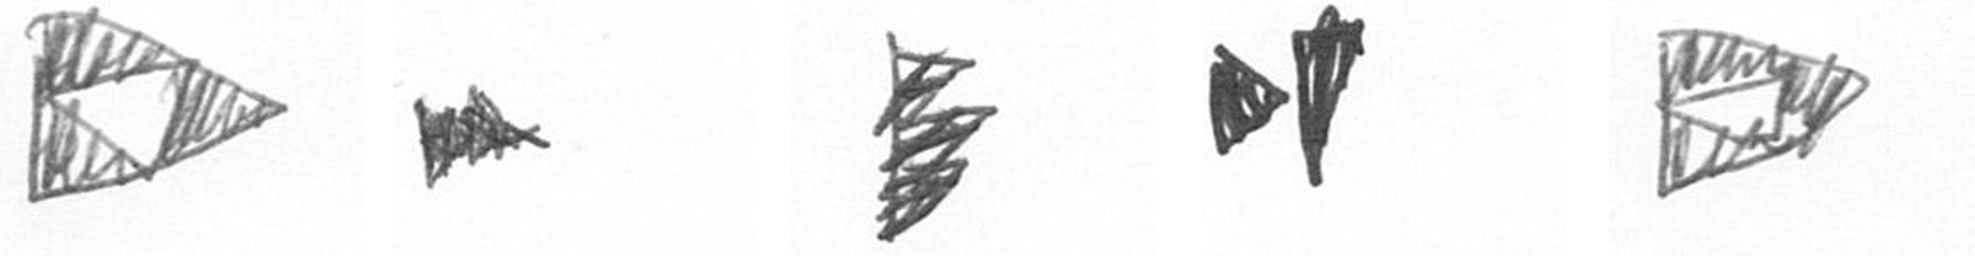
K A H M K